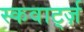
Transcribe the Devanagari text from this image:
स्कवार्ट्ज़